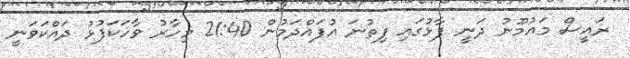
ރައީސް މައުމޫނު ދަނީ ފާޅުގައި ފިތުނަ އުފައްދަމުން 21:40 މިހާރު ވާހަކަފުޅު ދައްކަވަނީ